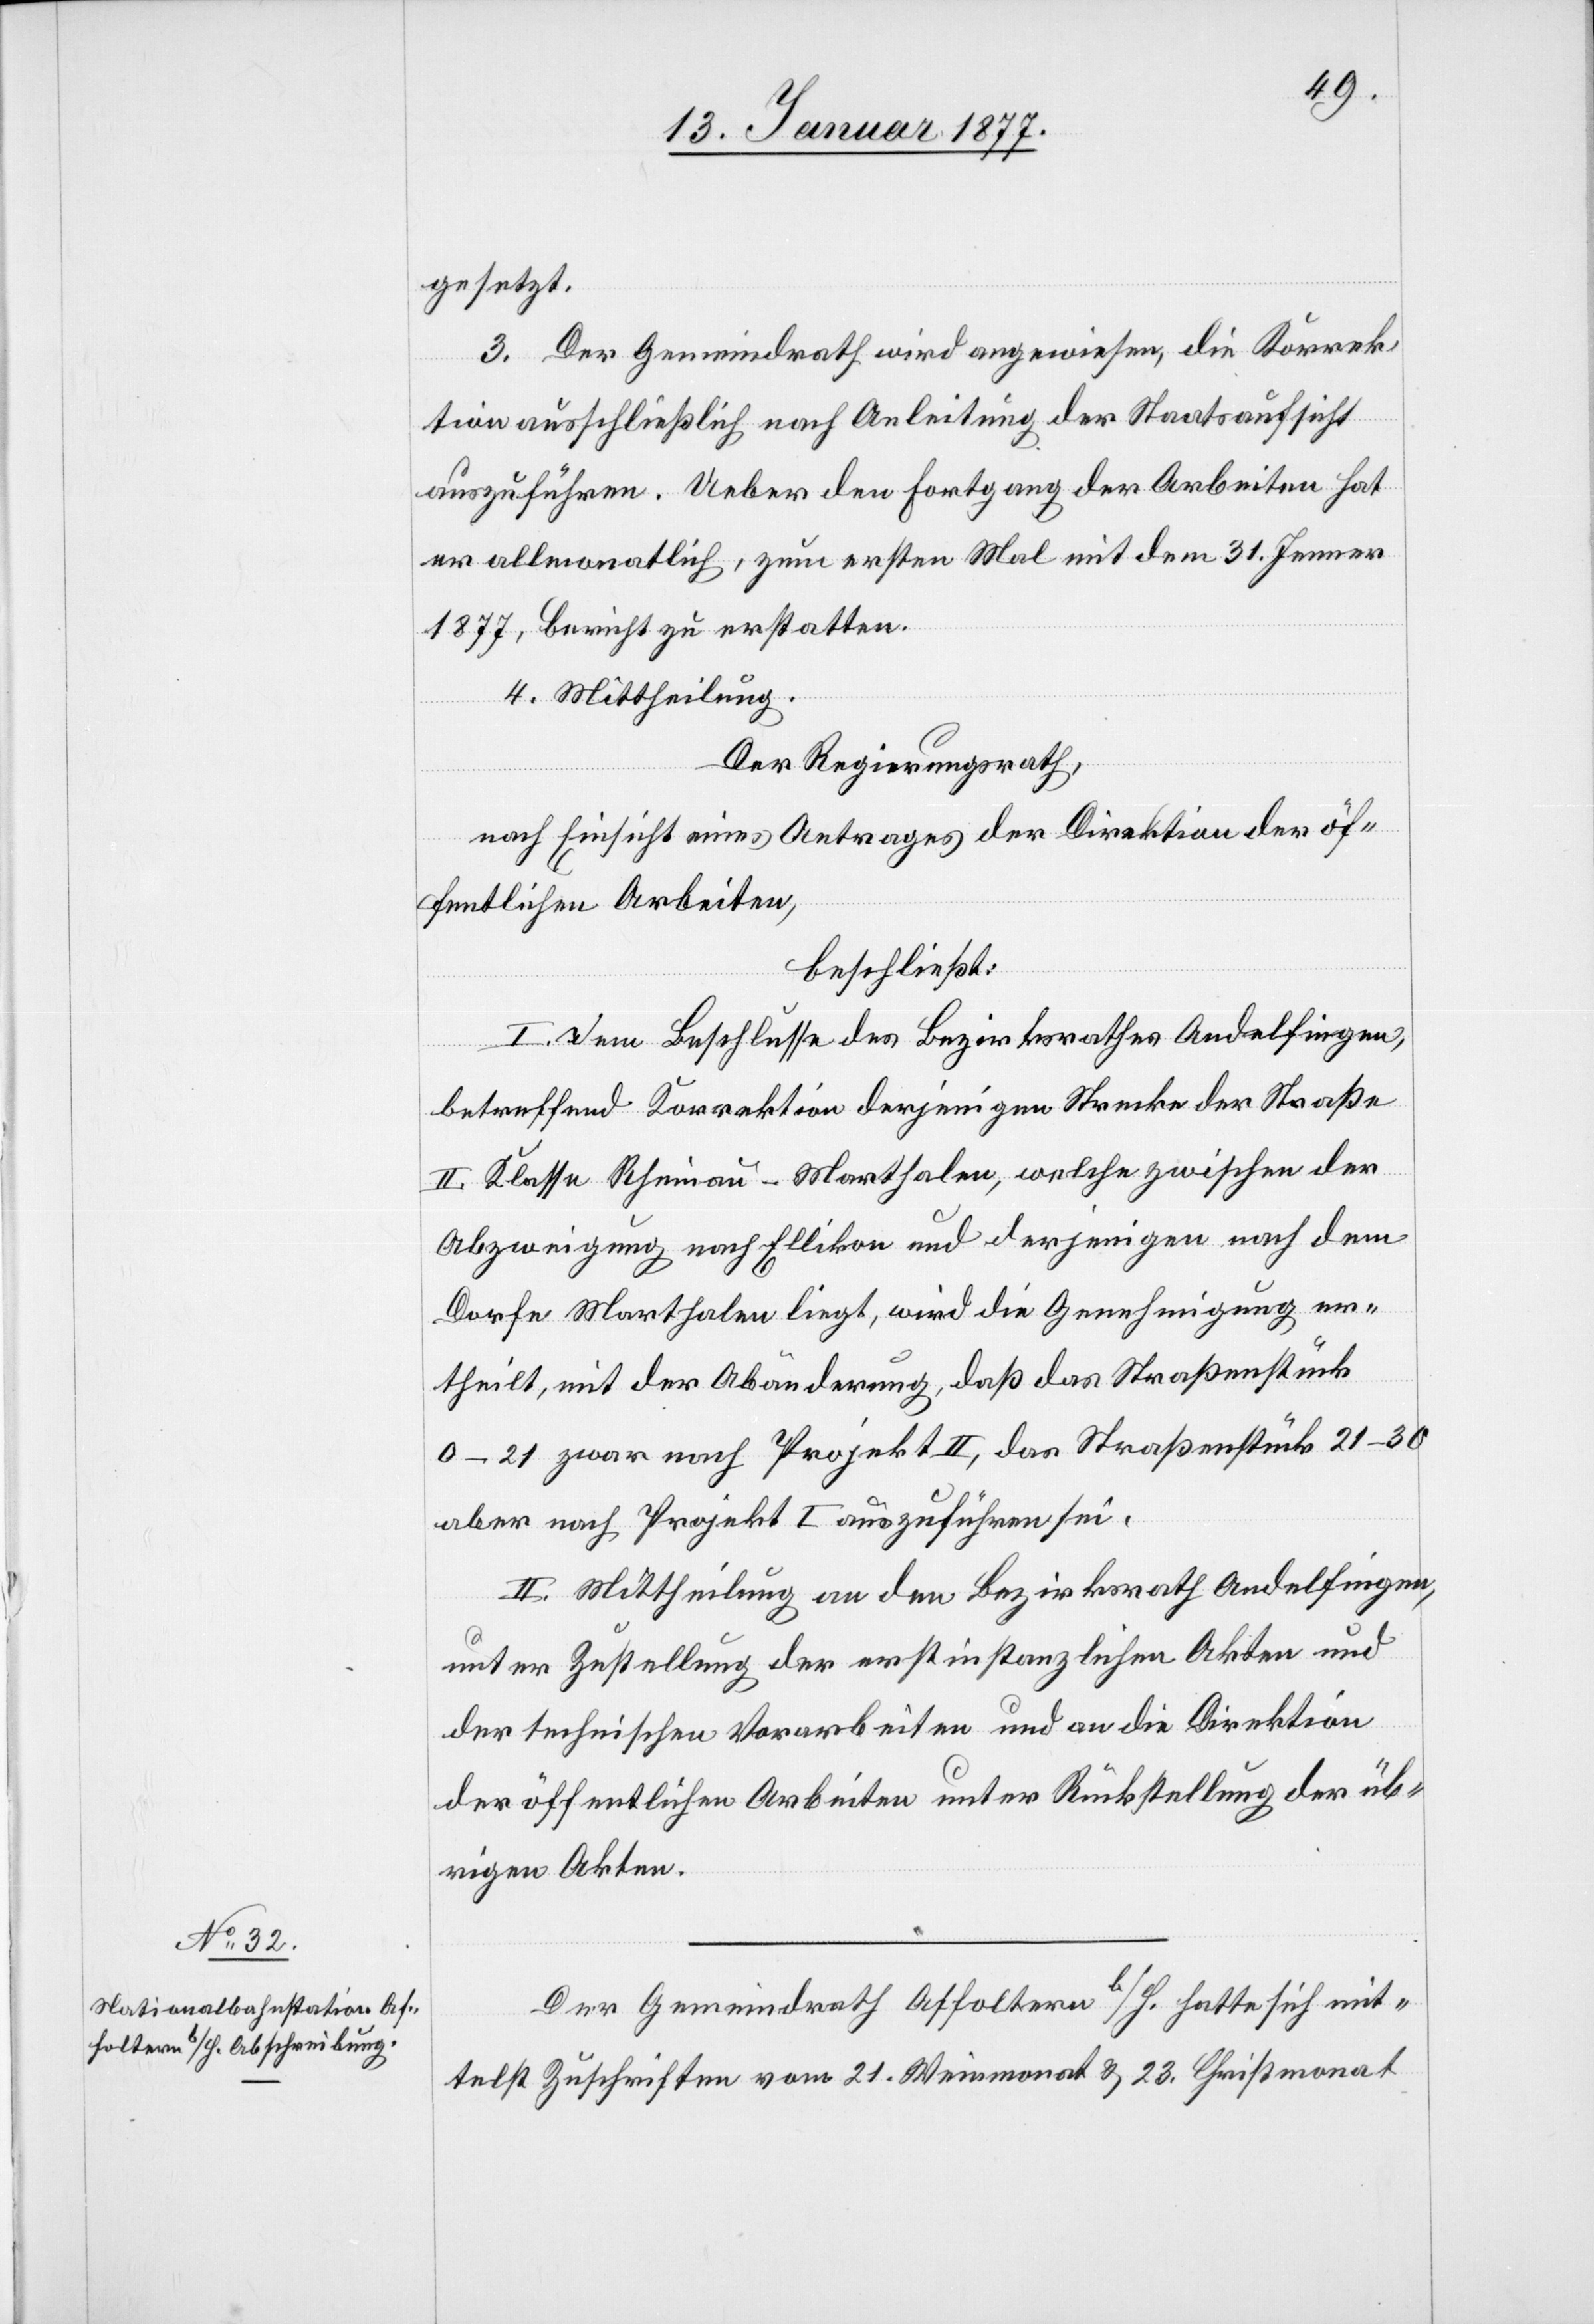
gesetzt.
3. Der Gemeindrath wird angewiesen, die Korrek¬
tion ausschließlich nach Anleitung der Staatsaufsicht
auszuführen. Ueber den Fortgang der Arbeiten hat
er allmonatlich, zum ersten Mal mit dem 31. Januar
1877, Bericht zu erstatten.
4. Mittheilung.
Der Regierungsrath,
nach Einsicht eines Antrages der Direktion der öf¬
fentlichen Arbeiten,
beschließt:
Von dem Beschlusse des Bezirksrathes Andelfingen
betreffend Korrektion derjenigen Strecke der Straße
II. Klasse Rheinau–Marthalen, welche zwischen der
Abzweigung nach Ellikon und derjenigen nach dem
Dorfe Marthalen liegt, wird die Genehmigung er¬
theilt, mit der Abänderung, daß das Straßenstück
0–21 zwar nach Projekt II, das Straßenstück 21–30
aber nach Projekt I auszuführen sei.
II. Mittheilung an den Bezirksrath Andelfingen,
unter Zustellung der erstinstanzlichen Akten und
der technischen Vorarbeiten und an die Direktion
der öffentlichen Arbeiten unter Rückstellung der üb¬
rigen Akten.
Der Gemeindrath Affoltern b/H. hatte sich mit¬
telst Zuschrift vom 21. Weinmonat & 23. Christmonat